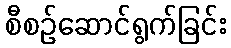
စီစဉ်ဆောင်ရွက်ခြင်း